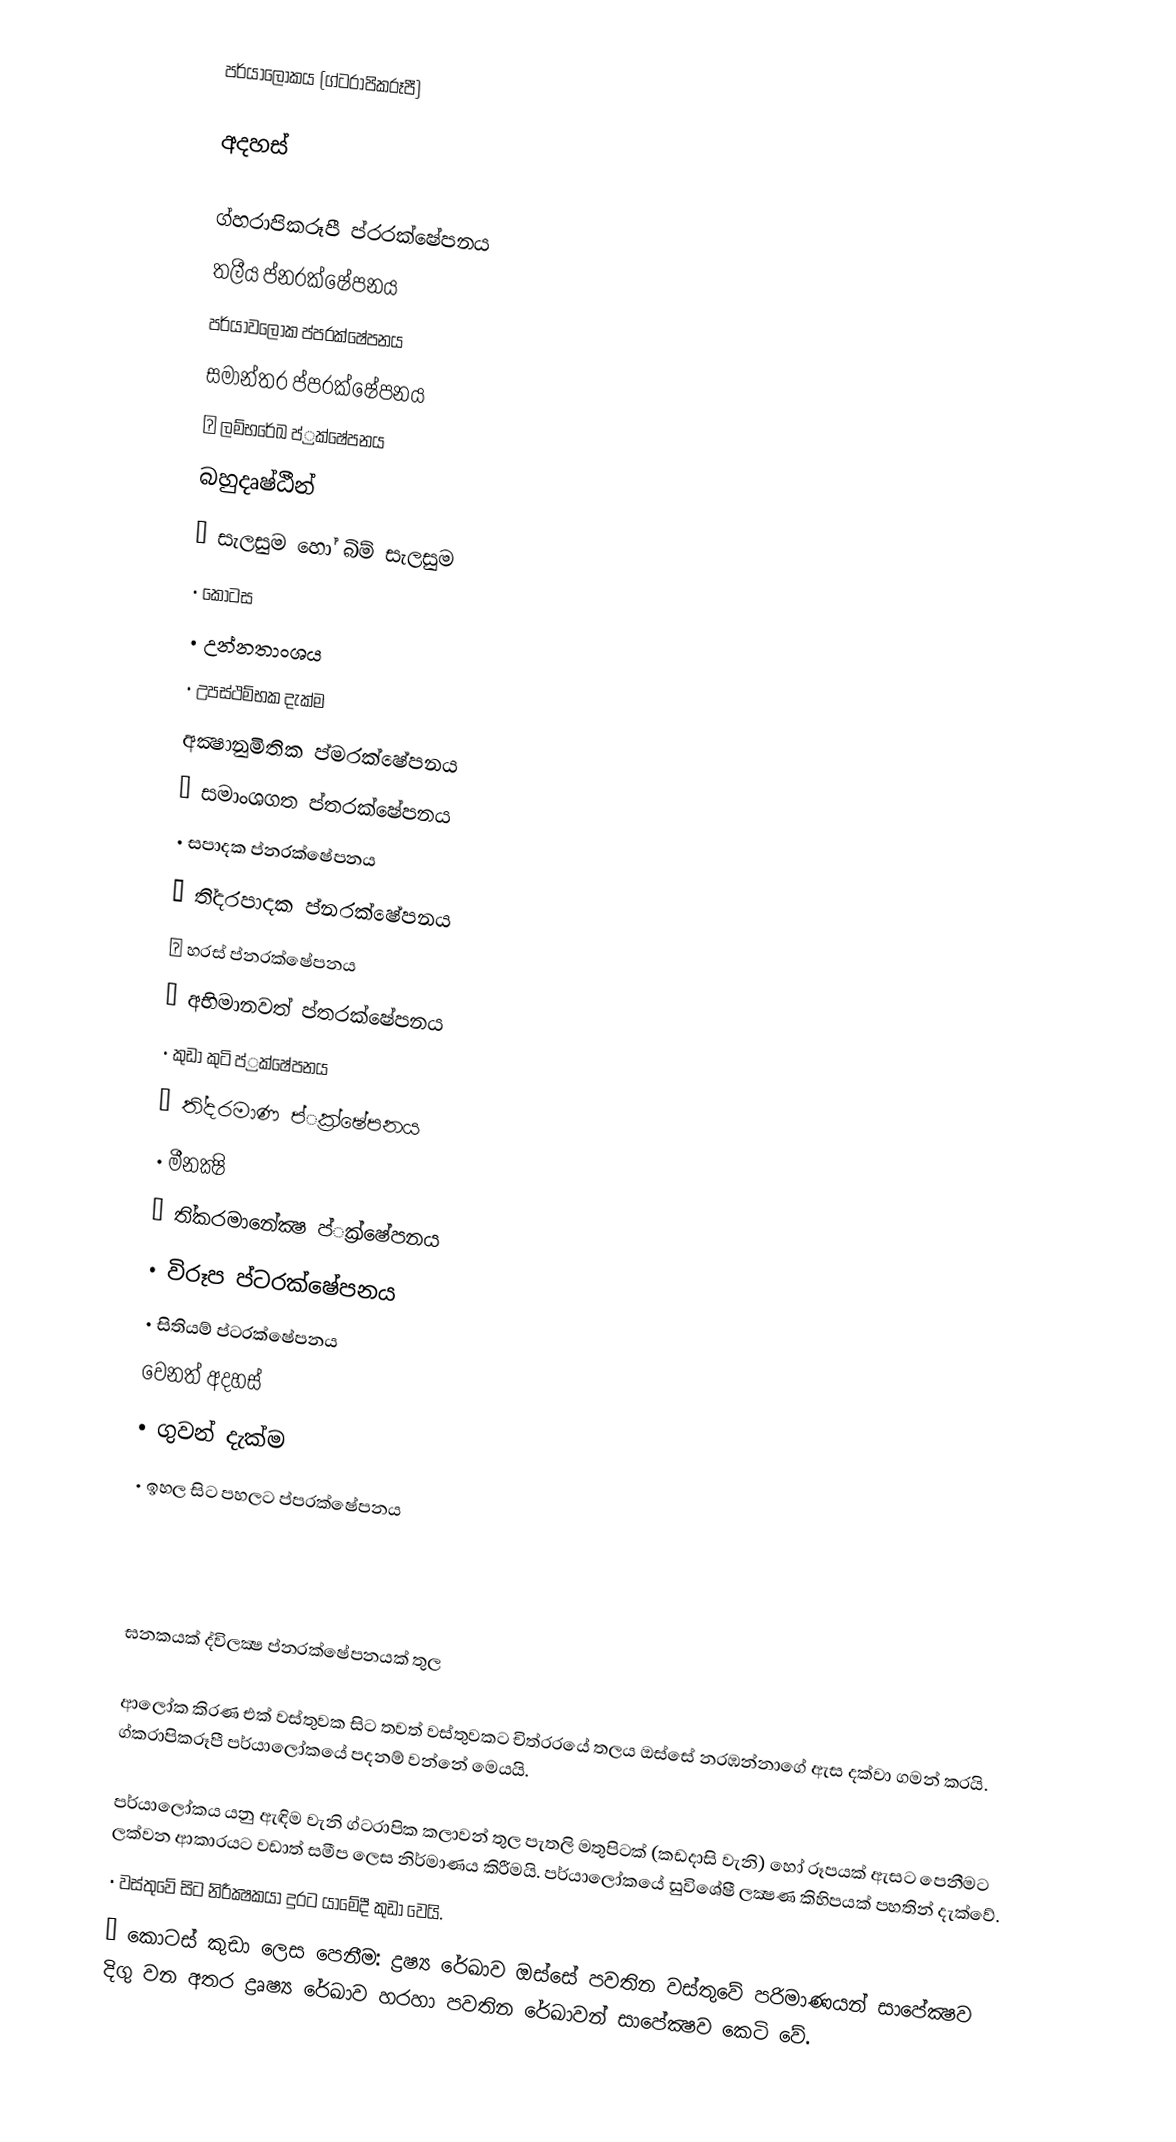
පර්යාලෝකය (ග්ට‍රාපිකරූපී)

අදහස්

ග්හ‍රාපිකරූපී ප්ර‍රක්ෂේපනය
තලීය ප්න‍රක්ෂේපනය
පර්යාවලෝක ප්ප‍රක්ෂේපනය
සමාන්තර ප්ප‍රක්ෂේපනය
   			⋆ ලම්භරේඛ ප්්‍රක්ෂේපනය
බහුදෘෂ්ඨීන්
• සැලසුම හෝ බිම් සැලසුම
• කොටස
• උන්නතාංශය
• උපස්ථම්භක දැක්ම
 අක්‍ෂානුමිතික ප්ම‍රක්ෂේපනය
• සමාංශගත ප්ත‍රක්ෂේපනය
• සපාදක ප්න‍රක්ෂේපනය
• ති්ද‍රපාදක ප්න‍රක්ෂේපනය
⋆ හරස් ප්න‍රක්ෂේපනය
• අභිමානවත් ප්ත‍රක්ෂේපනය
• කුඩා කුටි ප්්‍රක්ෂේපනය
•	ති්ද‍රමාණ ප්්‍රක්ෂේපනය
•	මීනක්‍ෂි
•	ති්ක‍රමානේක්‍ෂ ප්්‍රක්ෂේපනය
•	 විරූප ප්ට‍රක්ෂේපනය
•	සිතියම් ප්ට‍රක්ෂේපනය
වෙනත් අදහස්
•	ගුවන් දැක්ම
•	 ඉහල සිට පහලට ප්ප‍රක්ෂේපනය

ඝනකයක් ද්විලක්‍ෂ ප්න‍රක්ෂේපනයක් තුල

ආලෝක කිරණ එක් වස්තුවක සිට තවත් වස්තුවකට චිත්ර‍රයේ තලය ඔස්සේ නරඹන්නාගේ ඇස දක්වා ගමන් කරයි. ග්ක‍රාපිකරූපී පර්යාලෝකයේ පදනම් වන්නේ මෙයයි.

පර්යාලෝකය යනු ඇඳිම වැනි ග්ට‍රාපික කලාවන් තුල පැතලි මතුපිටක් (කඩදාසි වැනි) හෝ රූපයක් ඇසට පෙනීමට ලක්වන ආකාරයට වඩාත් සමීප ලෙස නිර්මාණය කිරීමයි. පර්යාලෝකයේ සුවිශේෂී ලක්‍ෂණ කිහිපයක් පහතින් දැක්වේ.
•	වස්තුවේ සිට නිරීක්‍ෂකයා දුරට යාමේදී කුඩා වෙයි.
•	කොටස් කුඩා ලෙස පෙනීම:  ද්‍රෂ්‍ය රේඛාව ඔස්සේ පවතින වස්තුවේ පරිමාණයන් සාපේක්‍ෂව දිගු වන අතර ද්‍රෘෂ්‍ය රේඛාව හරහා පවතින රේඛාවන් සාපේක්‍ෂව කෙටි වේ.